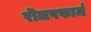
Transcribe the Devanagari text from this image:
रॊलपफार्म